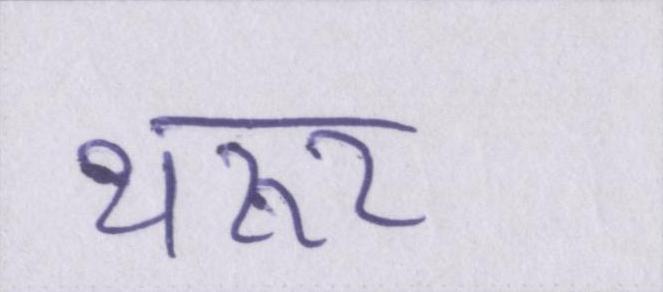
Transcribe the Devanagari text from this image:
थरूर